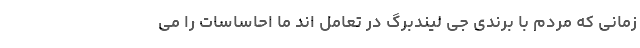
زمانی که مردم با برندی جی لیندبرگ در تعامل اند ما احاساسات را می